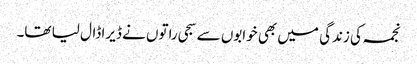
نجمہ کی زندگی میں بھی خوابوں سے سجی راتوں نے ڈیرا ڈال لیا تھا۔